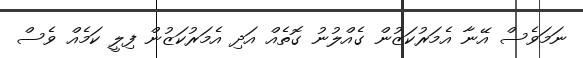
ނަމަވެސް އޭނާ އެމަރުކަޒުން ގެއްލުނު ގޮތެއް އަދި އެމަރުކަޒުން ފިލީ ކަމެއް ވެސް